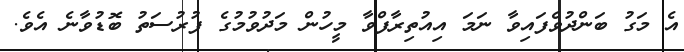
އެ މަގު ބަންދުވެފައިވާ ނަމަ އިއުތިރާފްވާ މީހުން މަދުވުމުގެ ފުރުސަތު ބޮޑުވާނެ އެވެ.